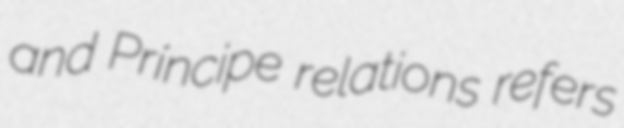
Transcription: and Príncipe relations refers